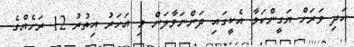
އަދި ވަރަށް ޔަގީންކަމާ އެކީގައި ދަންނަވާލަން މި އަހަރު އިތުރު 12 ރަށެއްގެ